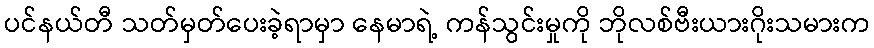
ပင်နယ်တီ သတ်မှတ်ပေးခဲ့ရာမှာ နေမာရဲ့ ကန်သွင်းမှုကို ဘိုလစ်ဗီးယားဂိုးသမားက